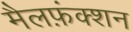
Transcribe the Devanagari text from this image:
मैलफ़ंक्शन